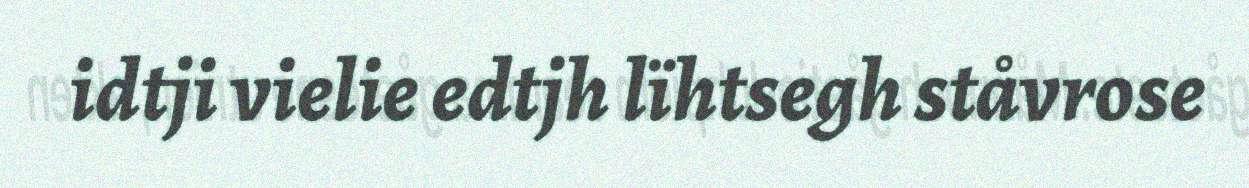
idtji vielie edtjh lïhtsegh ståvrose